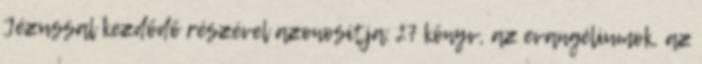
Jézussal kezdődő részével azonosítja: 27 könyv, az evangéliumok, az